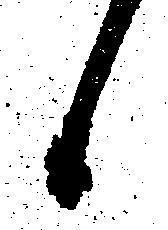
候